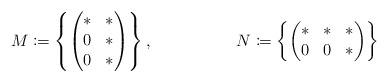
LaTeX: \begin{align*}M&\coloneqq\left\{\begin{pmatrix}*&*\\0&*\\0&*\end{pmatrix}\right\},&N&\coloneqq\left\{\begin{pmatrix}*&*&*\\0&0&*\end{pmatrix}\right\}\end{align*}